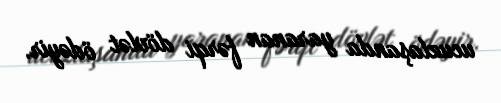
ucuzlaşanda yaranan fərqi dövlət ödəyir.